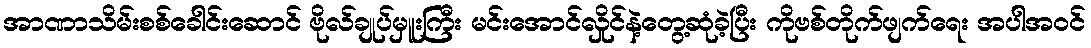
အာဏာသိမ်းစစ်ခေါင်းဆောင် ဗိုလ်ချုပ်မှူးကြီး မင်းအောင်လှိုင်နဲ့တွေ့ဆုံခဲ့ပြီး ကိုဗစ်တိုက်ဖျက်ရေး အပါအဝင်